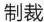
制裁